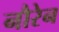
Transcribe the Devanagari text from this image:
नौरेन